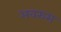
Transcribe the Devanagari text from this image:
अवरुम